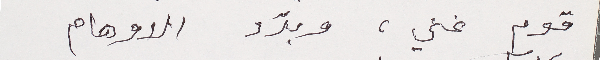
قوم غني، وبدّد الاوهام